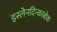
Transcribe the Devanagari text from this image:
इस्लेनदिन्काबोक